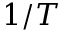
1 / T